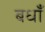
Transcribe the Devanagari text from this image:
बधाँ